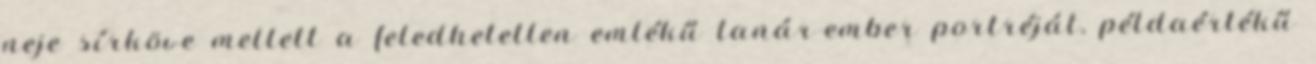
neje sírköve mellett a feledhetetlen emlékű tanár-ember portréját, példaértékű